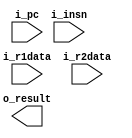
/* INSERT NAME AND PENNKEY HERE */

`timescale 1ns / 1ps
`default_nettype none

module lc4_alu(input  wire [15:0] i_insn,
               input wire [15:0]  i_pc,
               input wire [15:0]  i_r1data,
               input wire [15:0]  i_r2data,
               output wire [15:0] o_result);


      /*** YOUR CODE HERE ***/

endmodule